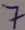
Text: 7